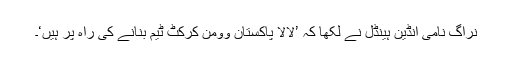
نراگ نامی انڈین ہینڈل نے لکھا کہ ’لالا پاکستان وومن کرکٹ ٹیم بنانے کی راہ پر ہیں‘۔